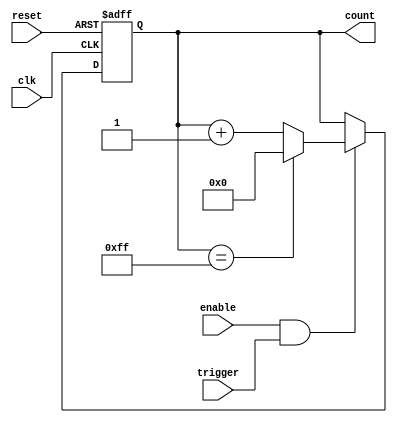
module Counter (
    input clk,
    input reset,
    input enable,
    input trigger,
    output reg [7:0] count
);

always @(posedge clk or posedge reset) begin
    if (reset) begin
        count <= 8'd0;
    end else begin
        if (enable && trigger) begin
            if (count == 8'd255) begin
                count <= 8'd0;
            end else begin
                count <= count + 8'd1;
            end
        end
    end
end

endmodule